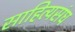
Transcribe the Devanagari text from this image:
साहित्यसंघ